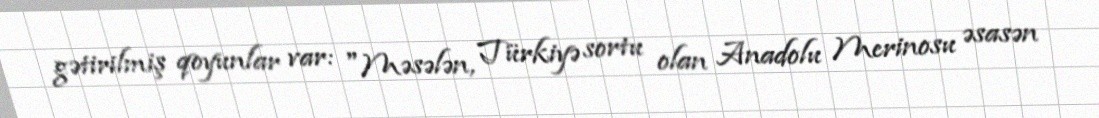
gətirilmiş qoyunlar var: "Məsələn, Türkiyə sortu olan Anadolu Merinosu əsasən